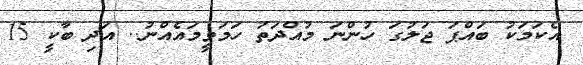
އެކަމަކު ބައްޕަ ޖަލުގަ ހުންނަ މުއްދަތު ހަމަވީމައެއްނު.. އަދި ބާކީ 15